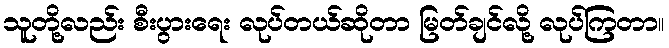
သူတို့လည်း စီးပွားရေး လုပ်တယ်ဆိုတာ မြတ်ချင်လို့ လုပ်ကြတာ။